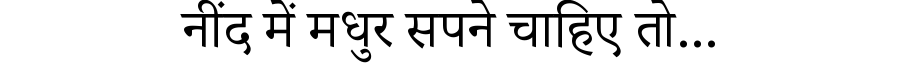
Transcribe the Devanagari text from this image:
नींद में मधुर सपने चाहिए तो...